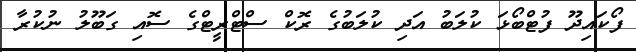
ފޯކައިދޫ ފުޓްބޯޅަ ކުލަބު އަދި ކުލަބުގެ ރޮކް ސްޓްރީޓްގެ ސޮއި ގަބޫލު ނުކުރާ